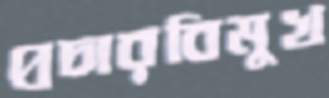
প্রচারবিমুখ